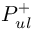
P _ { u l } ^ { + }